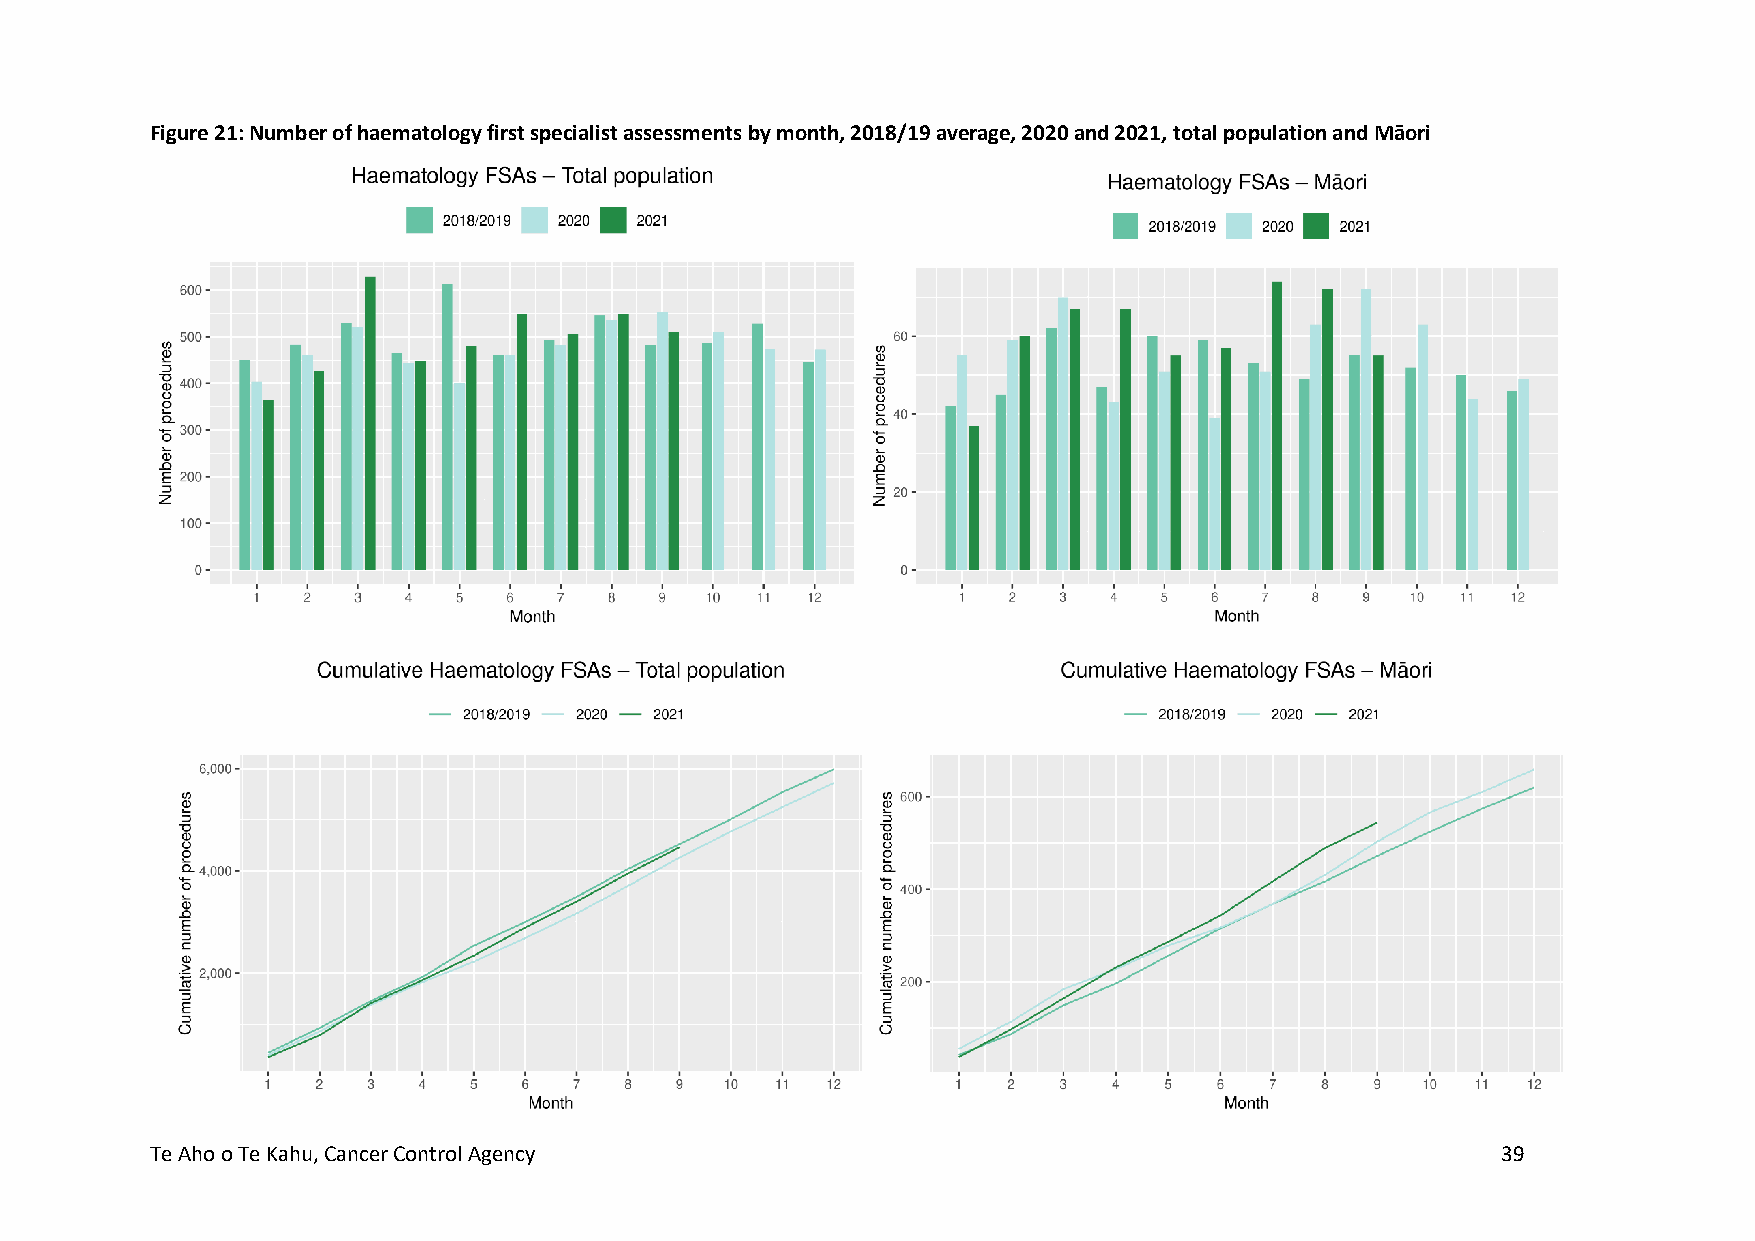
Figure 21: Number of haematology first specialist assessments by month, 2018/19 average, 2020 and 2021, total population and Māori
 Te Aho o Te Kahu, Cancer Control Agency                                                  39